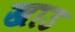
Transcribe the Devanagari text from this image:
खाउ